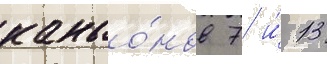
каньо́нов 7 и́ 13